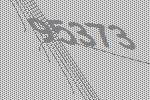
95373